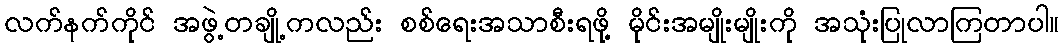
လက်နက်ကိုင် အဖွဲ့တချို့ကလည်း စစ်ရေးအသာစီးရဖို့ မိုင်းအမျိုးမျိုးကို အသုံးပြုလာကြတာပါ။